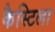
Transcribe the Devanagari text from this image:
कैस्टिला